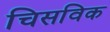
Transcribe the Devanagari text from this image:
चिसविक